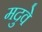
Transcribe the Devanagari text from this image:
मदुवे